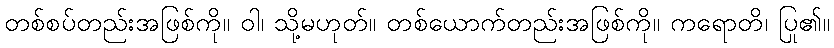
တစ်စပ်တည်းအဖြစ်ကို။ ဝါ၊ သို့မဟုတ်။ တစ်ယောက်တည်းအဖြစ်ကို။ ကရောတိ၊ ပြု၏။